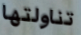
تناولتها